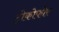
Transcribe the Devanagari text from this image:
ट्रोकोफोर